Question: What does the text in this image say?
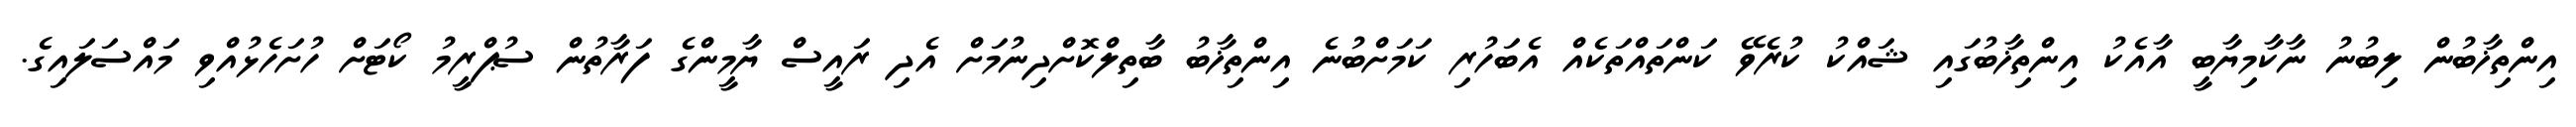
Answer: އިންތިޚާބުން ލިބުނު ނާކާމިޔާބީ އާއެކު އިންތިޚާބުގައި ޝައްކު ކުރެވޭ ކަންތައްތަކެއް އެބަހުރި ކަމަށްބުނެ އިންތިޚާބު ބާތިލްކޮށްދިނުމަށް އެދި ރައީސް ޔާމީންގެ ފަރާތުން ސުޕްރީމު ކޯޓަށް ހުށަހެޅުއްވި މައްސަލައިގެ.